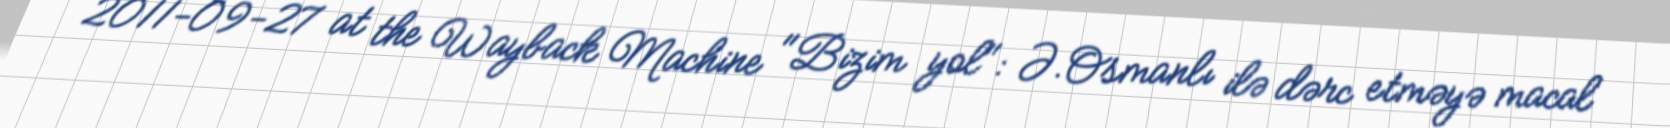
2011-09-27 at the Wayback Machine "Bizim yol": Ə.Osmanlı ilə dərc etməyə macal